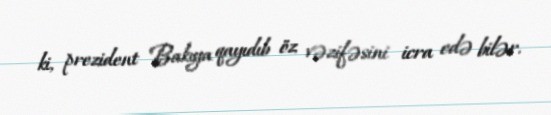
ki, prezident Bakıya qayıdıb öz vəzifəsini icra edə bilər.